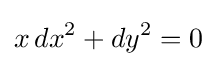
x\,dx^{2}+dy^{2}=0